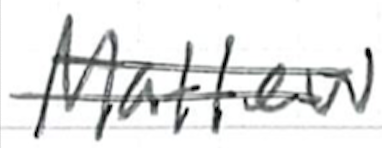
Text: Matthew
Cross-out: double-line
Writing tool: ballpoint